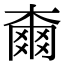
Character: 𣙡